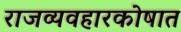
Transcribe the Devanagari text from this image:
राजव्यवहारकोषात